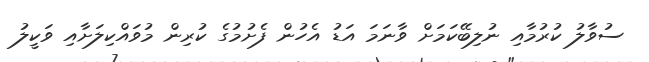
ސުވާލު ކުރުމާއި ނުލިބޭކަމަށް ވާނަމަ އަޑު އެހުން ފެށުމުގެ ކުރިން މުވައްކިލަށާއި ވަކީލު